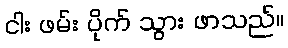
ငါး ဖမ်း ပိုက် သွား ဖာသည်။